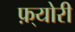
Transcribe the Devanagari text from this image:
फ़्योरी